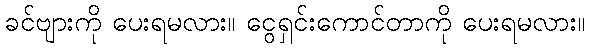
ခင်ဗျားကို ပေးရမလား။ ငွေရှင်းကောင်တာကို ပေးရမလား။